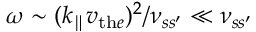
\omega \sim ( k _ { \parallel } v _ { \mathrm { t h } e } ) ^ { 2 } / \nu _ { s s ^ { \prime } } \ll \nu _ { s s ^ { \prime } }